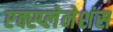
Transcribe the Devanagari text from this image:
एक्स्प्लेनेशंस